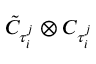
\Tilde { C } _ { \tau _ { i } ^ { j } } \otimes C _ { \tau _ { i } ^ { j } }